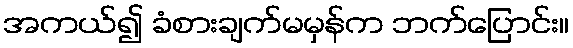
အကယ်၍ ခံစားချက်မမှန်က ဘက်ပြောင်း။